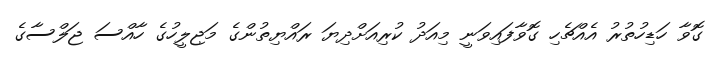
ގޮވާ ހަޑިހުތުރު އެއްޗެހި ގޮވާފައިވަނީ މިއަދު ކުރިއަށްދިޔަ ރައްޔިތުންގެ މަޖިލީހުގެ ހާއްސަ ޖަލްސާގެ